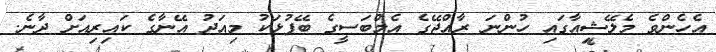
އެހެންވެ މެލޭޝިއާގައި ހުންނަ ރާއްޖޭގެ އެމްބަސީގެ ބޭފުޅަކު މިއަދު އޭނާގެ ކައިރިއަށް ދާނެ.